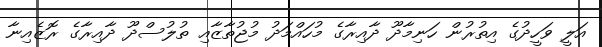
އަލީ ވަހީދުގެ އިތުރުން ހަނިމާދޫ ދާއިރާގެ މުހައްމަދު މުޖުތާޒާއި ތުލުސްދޫ ދާއިރާގެ ރޮޒެއިނާ